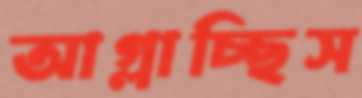
আগ্‌লাচ্ছিস